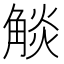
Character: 𧣹